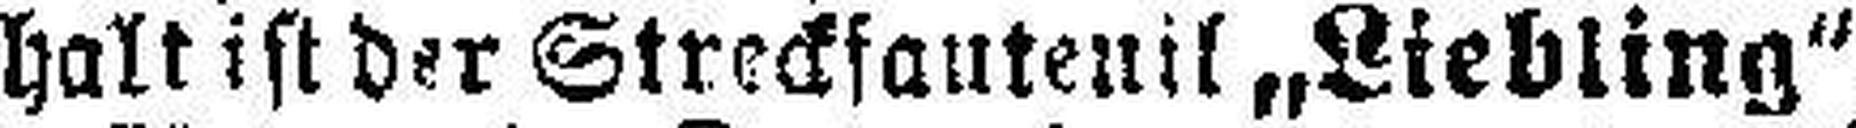
halt ist der Strecksautenil „Liebling“